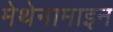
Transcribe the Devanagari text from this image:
मेथेनामाइन